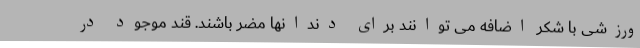
ورزشی با شکر اضافه می توانند برای دندانها مضر باشند. قند موجود در